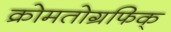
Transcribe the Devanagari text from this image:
क्रोमतोग्रफिक्